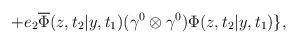
LaTeX: \begin{align*}+ e_2 \overline{\Phi}(z,t_2|y,t_1) ({\gamma}^0\otimes {\gamma}^0) {\Phi}(z,t_2|y,t_1) \},\end{align*}